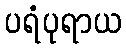
ပရံပုရာယ